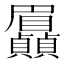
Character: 𮚯